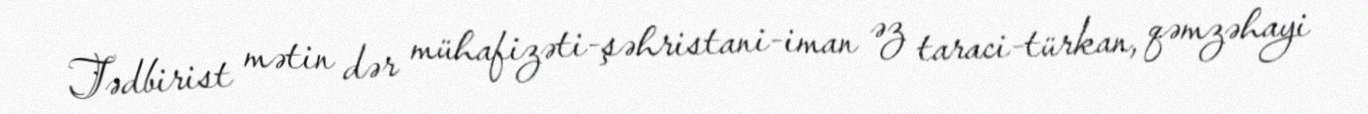
Tədbirist mətin dər mühafizəti-şəhristani-iman əz taraci-türkan, qəmzəhayi